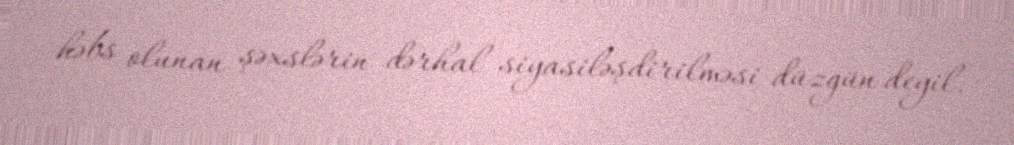
həbs olunan şəxslərin dərhal siyasiləşdirilməsi düzgün deyil.